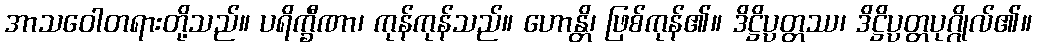
အာသဝေါတရားတို့သည်။ ပရိက္ခီဏာ၊ ကုန်ကုန်သည်။ ဟောန္တိ၊ ဖြစ်ကုန်၏။ ဒိဋ္ဌိပ္ပတ္တဿ၊ ဒိဋ္ဌိပ္ပတ္တပုဂ္ဂိုလ်၏။